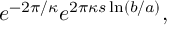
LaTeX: e ^ { - 2 \pi / \kappa } e ^ { 2 \pi \kappa s \ln ( b / a ) } ,